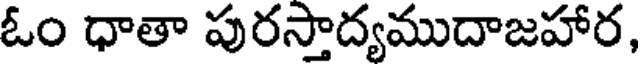
ఓం ధాతా పురస్తాద్యముదాజహార,